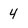
Character: 4